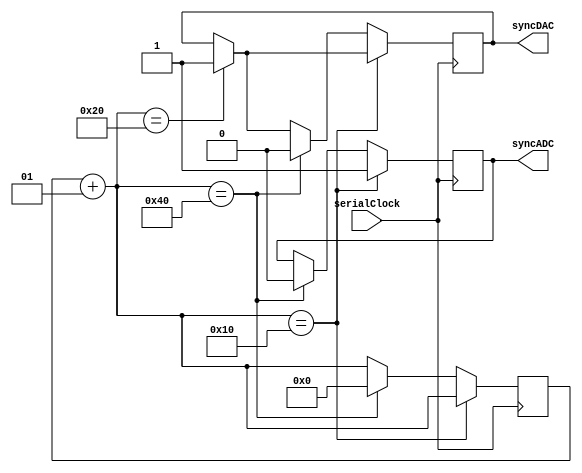
module clock(serialClock, syncDAC, syncADC);

input serialClock; //16 MHz

integer countSync;

output reg syncDAC, syncADC;

initial
		countSync = 0;

always @(posedge serialClock)
	begin
	
		//Control block for syncDAC pulse
		countSync = countSync + 1;
		if (countSync == 32)
			syncDAC = 1;
			
		//Control block for syncADC pulse
		if (countSync == 16)
			syncADC = 1;
			
		else if (countSync == 64) //Delay makes it so that syncADC and syncDAC pulses are aligned
			begin
				syncADC = 0;
				syncDAC = 0;
				countSync = 0;
			end
	end
endmodule